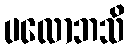
ပလောဘသိ